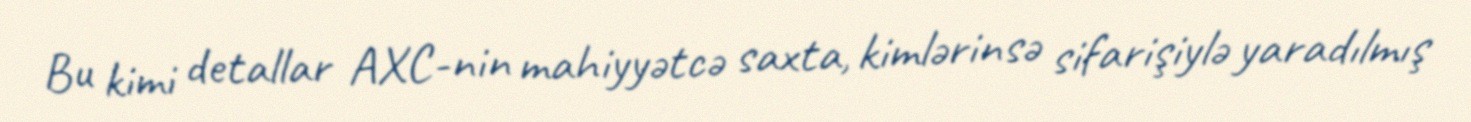
Bu kimi detallar AXC-nin mahiyyətcə saxta, kimlərinsə sifarişiylə yaradılmış